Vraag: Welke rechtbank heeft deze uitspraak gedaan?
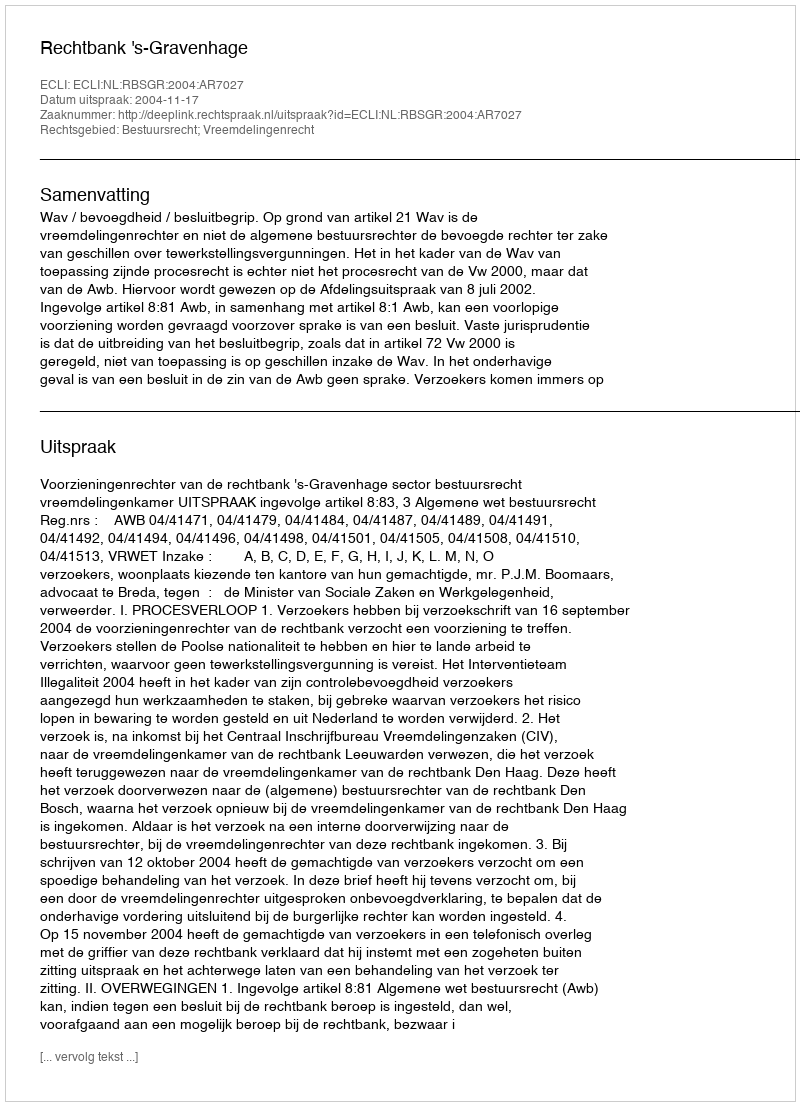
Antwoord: Rechtbank 's-Gravenhage